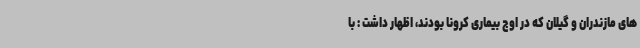
های مازندران و گیلان که در اوج بیماری کرونا بودند، اظهار داشت : با